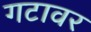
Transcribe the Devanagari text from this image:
गटावर